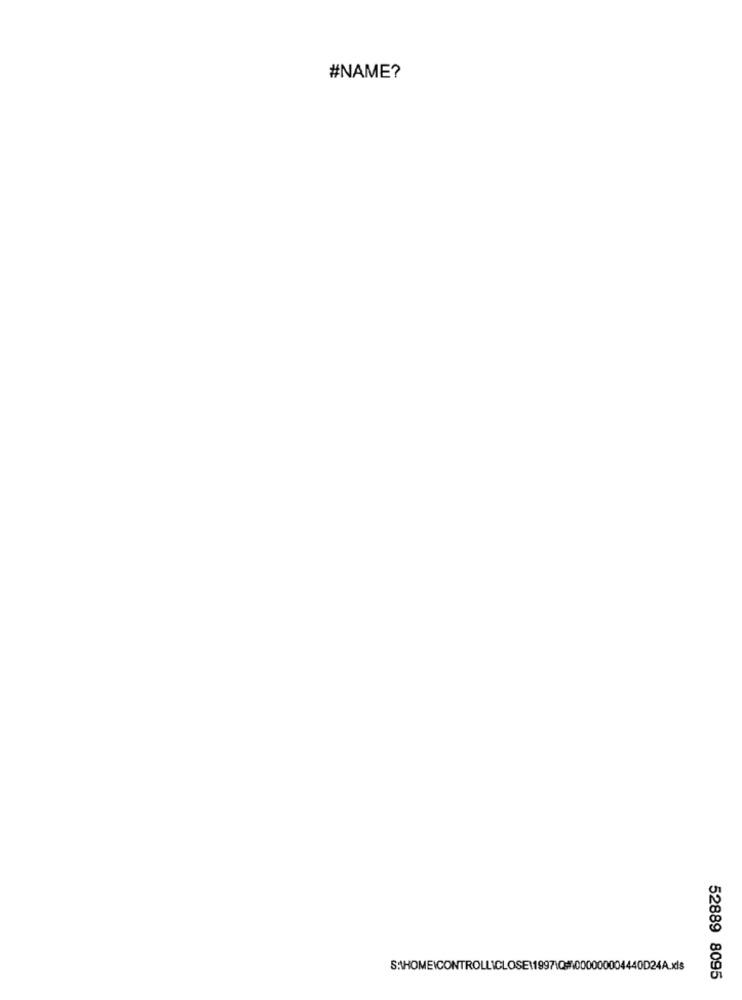
#NAME?
52889 8095